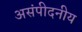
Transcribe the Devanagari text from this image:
असंपीदनीय